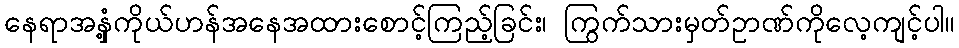
နေရာအနှံ့ကိုယ်ဟန်အနေအထားစောင့်ကြည့်ခြင်း၊ ကြွက်သားမှတ်ဥာဏ်ကိုလေ့ကျင့်ပါ။